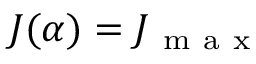
J ( \alpha ) = J _ { \mathrm { ~ m ~ a ~ x ~ } }